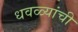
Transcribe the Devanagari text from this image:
धवळ्यांची